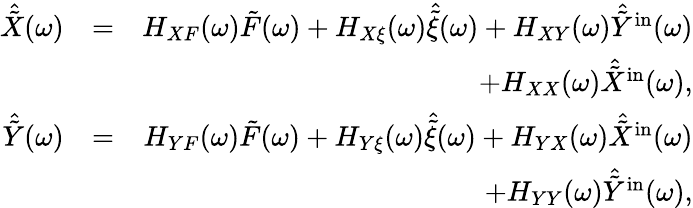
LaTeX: \begin{array}{rlr}{\hat{\tilde{X}}(\omega)}&{=}&{H_{XF}(\omega)\tilde{F}(\omega)+H_{X\xi}(\omega)\hat{\tilde{\xi}}(\omega)+H_{XY}(\omega)\hat{\tilde{Y}}^{\mathrm{in}}(\omega)}\\ &{}&{+H_{XX}(\omega)\hat{\tilde{X}}^{\mathrm{in}}(\omega),}\\ {\hat{\tilde{Y}}(\omega)}&{=}&{H_{YF}(\omega)\tilde{F}(\omega)+H_{Y\xi}(\omega)\hat{\tilde{\xi}}(\omega)+H_{YX}(\omega)\hat{\tilde{X}}^{\mathrm{in}}(\omega)}\\ &{}&{+H_{YY}(\omega)\hat{\tilde{Y}}^{\mathrm{in}}(\omega),}\end{array}